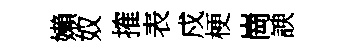
嬾奴搉表戍梗崗諛